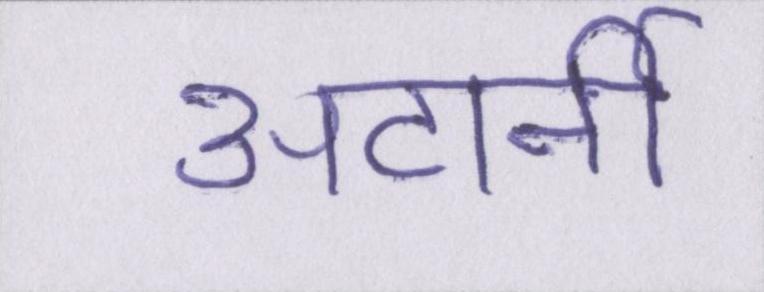
अटार्नी